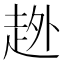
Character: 𧻏